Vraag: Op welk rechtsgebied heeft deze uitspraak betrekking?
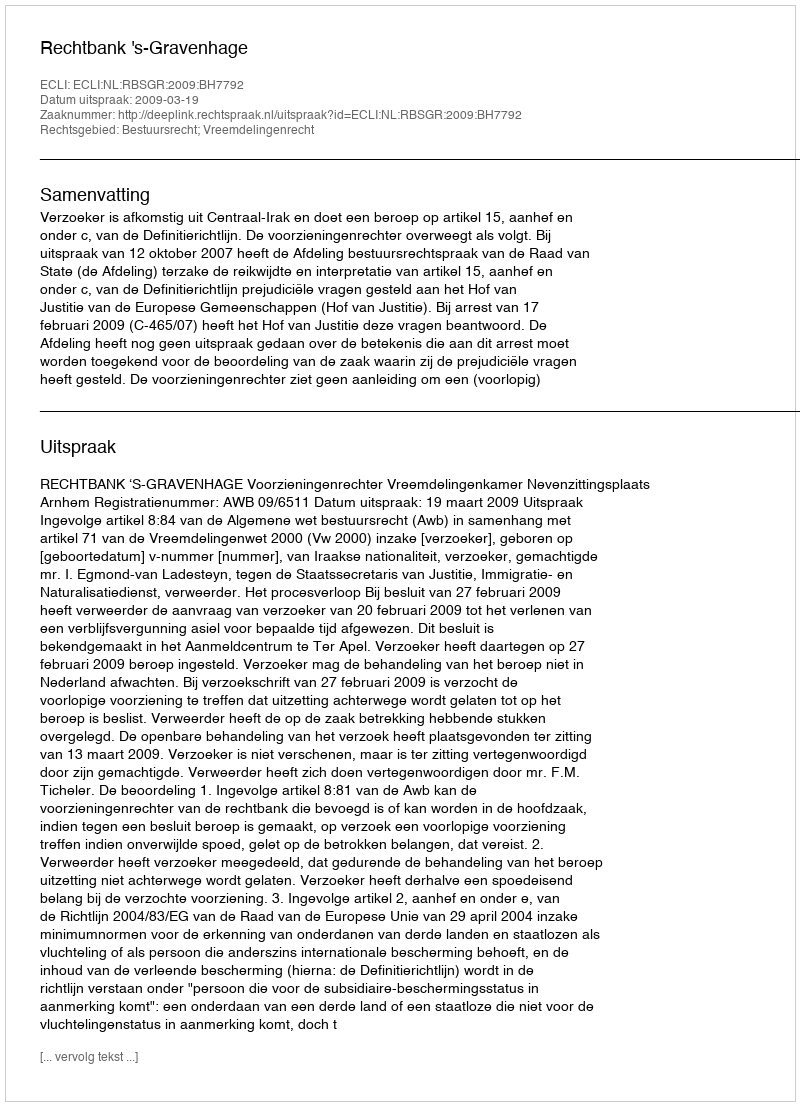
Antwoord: Bestuursrecht; Vreemdelingenrecht